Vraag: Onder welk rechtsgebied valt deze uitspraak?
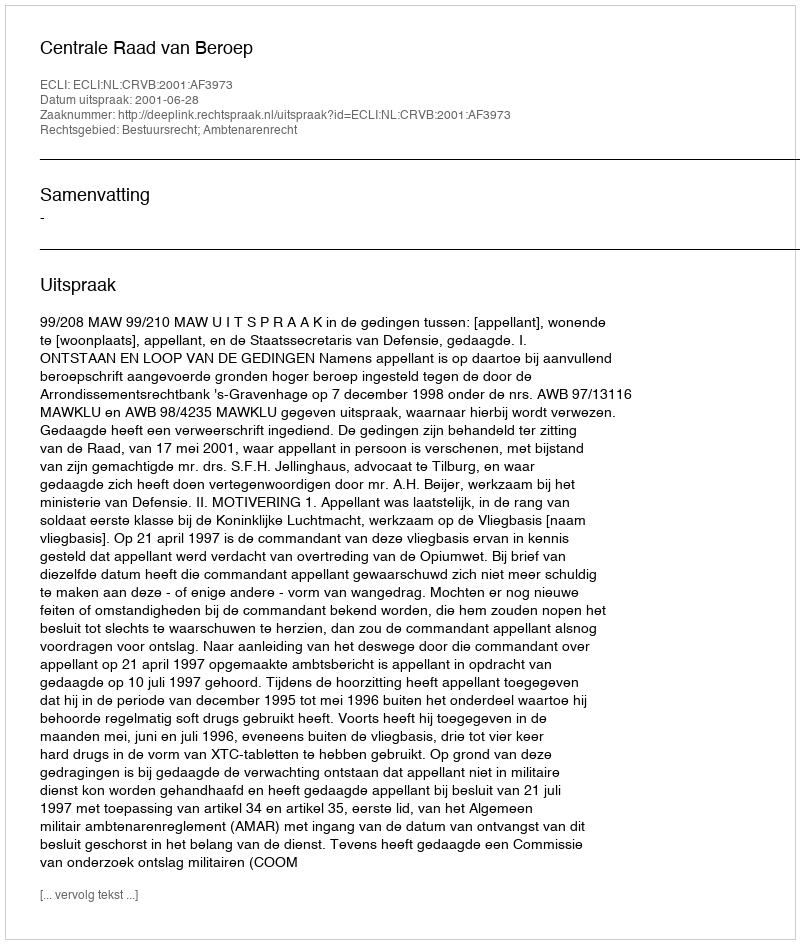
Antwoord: Bestuursrecht; Ambtenarenrecht